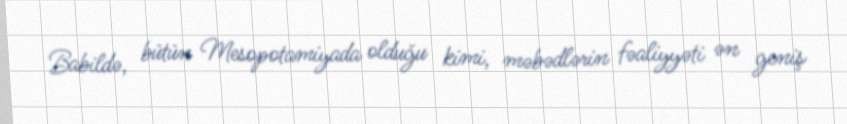
Babildə, bütün Mesopotamiyada olduğu kimi, məbədlərin fəaliyyəti ən geniş